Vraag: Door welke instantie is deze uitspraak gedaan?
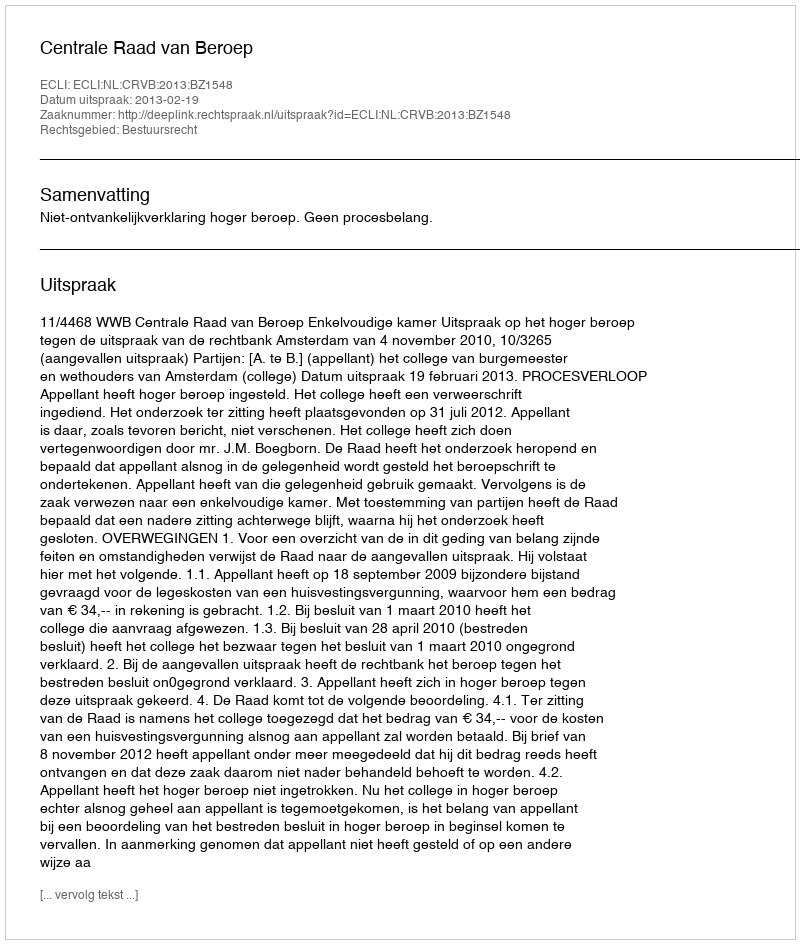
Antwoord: Centrale Raad van Beroep